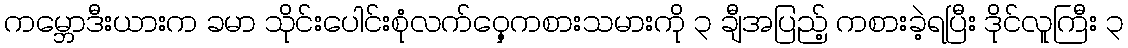
ကမ္ဘောဒီးယားက ခမာ သိုင်းပေါင်းစုံလက်ဝှေ့ကစားသမားကို ၃ ချီအပြည့် ကစားခဲ့ရပြီး ဒိုင်လူကြီး ၃